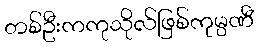
တစ်ဦးကကုသိုလ်ဖြစ်ကုမ္ပဏီ